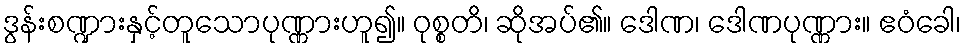
ဒွန်းစဏ္ဍားနှင့်တူသောပုဏ္ဏားဟူ၍။ ဝုစ္စတိ၊ ဆိုအပ်၏။ ဒေါဏ၊ ဒေါဏပုဏ္ဏား။ ဧဝံခေါ၊